Scientific memoirs by medical officers of the Army of India - Part V,
Year: 1890
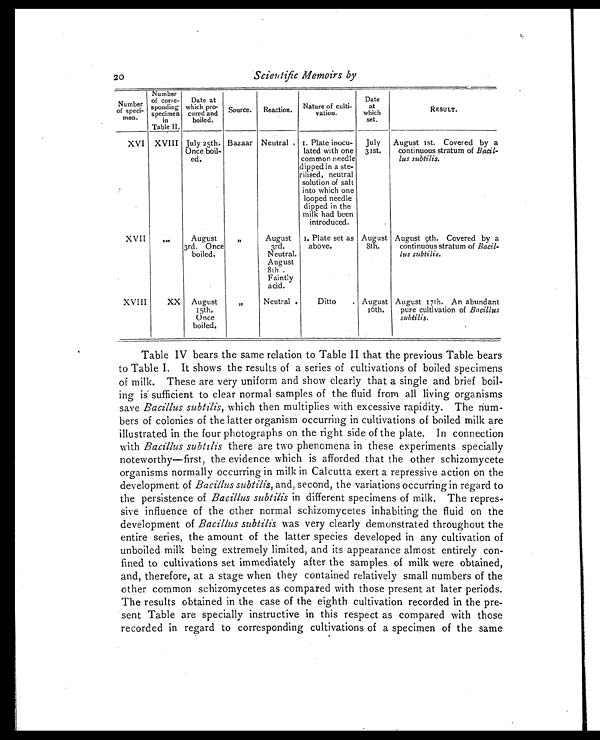
20
Scientific Memoirs by
Table IV bears the same relation to Table II that the previous Table bears
to Table I. It shows the results of a series of cultivations of boiled specimens
of milk. These are very uniform and show clearly that a single and brief boil-
ing is sufficient to clear normal samples of the fluid from all living organisms
save Bacillus subtilis, which then multiplies with excessive rapidity. The num-
bers of colonies of the latter organism occurring in cultivations of boiled milk are
illustrated in the four photographs on the right side of the plate. In connection
with Bacillus subtilis there are two phenomena in these experiments specially
noteworthy—first, the evidence which is afforded that the other schizomycete
organisms normally occurring in milk in Calcutta exert a repressive action on the
development of Bacillus subtilis, and, second, the variations occurring in regard to
the persistence of Bacillus subtilis in different specimens of milk. The repres-
sive influence of the other normal schizomycetes inhabiting the fluid on the
development of Bacillus subtilis was very clearly demonstrated throughout the
entire series, the amount of the latter species developed in any cultivation of
unboiled milk being extremely limited, and its appearance almost entirely con-
fined to cultivations set immediately after the samples of milk were obtained,
and, therefore, at a stage when they contained relatively small numbers of the
other common schizomycetes as compared with those present at later periods.
The results obtained in the case of the eighth cultivation recorded in the pre-
sent Table are specially instructive in this respect as compared with those
recorded in regard to corresponding cultivations of a specimen of the same
Number
of speci-
men.
Number
of corre-
sponding
specimen
in
Table II.
Date at
which pro-
cured and
boiled.
Source. Reaction. Nature of culti-
vation.
Date
at
which
set.
RESULT.
XVI XVIII July 25th.
Once boil-
ed.
Bazaar Neutral 1. Plate inocu-
lated with one
common needle
dipped in a ste-
rilised, neutral
solution of salt
into which one
looped needle
dipped in the
milk had been
introduced.
July
31st.
August 1st. Covered by a
continuous stratum of Bacil-
lus subtilis.
XVII
...
August
3rd. Once
boiled.
„
August
3rd.
Neutral.
August 8th
Faintly
acid.
1. Plate set as
above.
August
8th.
August 9th. Covered by a
continuous stratum of Bacil-
lus subtilis.
XVIII
XX August
15th.
Once
boiled.
,,
Neutral
Ditto
August
16th.
August 17th. An abundant
pure cultivation of Bacillus
subtilis.